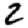
Digit: 2